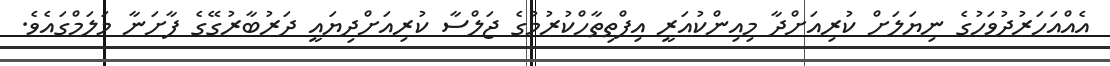
އެއްއަހަރުދުވަހުގެ ނިޔަލަށް ކުރިއަށްދާ މިއިންކުއަރީ އިފްތިތާހްކުރުމުގެ ޖަލްސާ ކުރިއަށްދިޔައީ ދަރުބާރުގޭގެ ފާށަނާ މަލަމްގައެވެ.